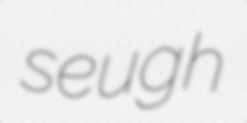
seugh